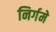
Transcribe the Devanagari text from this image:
निर्गमे